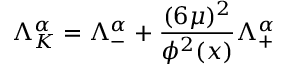
\Lambda _ { K } ^ { \alpha } = \Lambda _ { - } ^ { \alpha } + { \frac { ( 6 \mu ) ^ { 2 } } { \phi ^ { 2 } ( x ) } } \Lambda _ { + } ^ { \alpha }